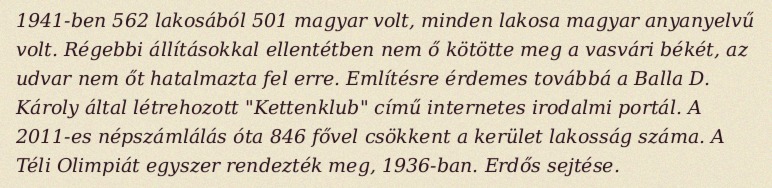
1941-ben 562 lakosából 501 magyar volt, minden lakosa magyar anyanyelvű volt. Régebbi állításokkal ellentétben nem ő kötötte meg a vasvári békét, az udvar nem őt hatalmazta fel erre. Említésre érdemes továbbá a Balla D. Károly által létrehozott "Kettenklub" című internetes irodalmi portál. A 2011-es népszámlálás óta 846 fővel csökkent a kerület lakosság száma. A Téli Olimpiát egyszer rendezték meg, 1936-ban. Erdős sejtése.